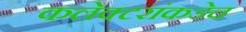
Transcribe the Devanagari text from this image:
कलेक्टरांकडेच